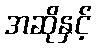
အဆိုနှင့်